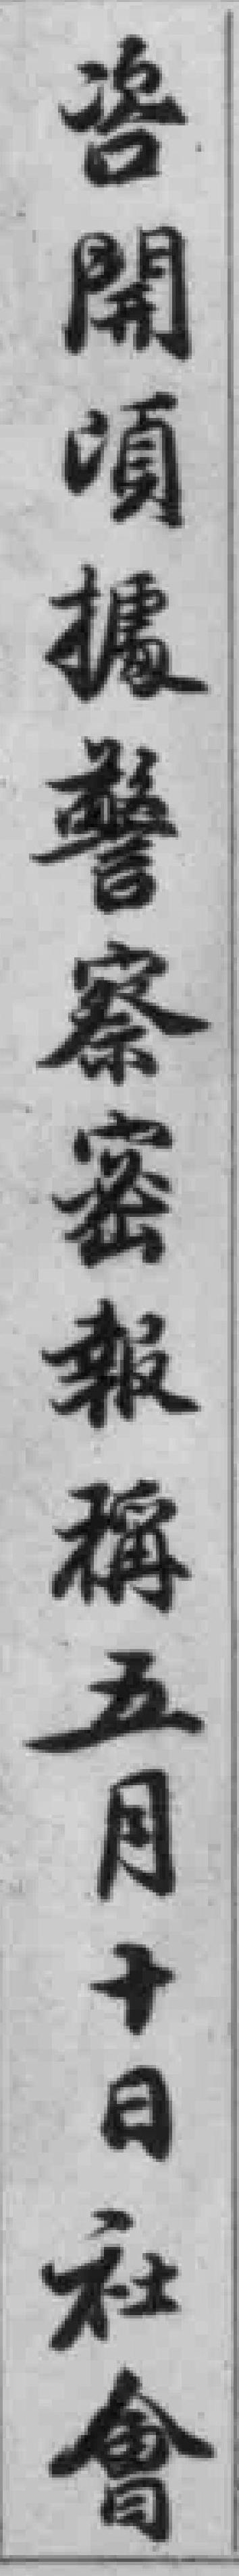
咨開頃據警察密報稱五月十日社會